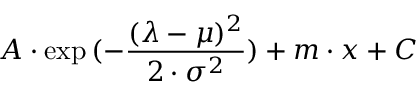
A \cdot \exp { ( - \frac { ( \lambda - \mu ) ^ { 2 } } { 2 \cdot \sigma ^ { 2 } } ) } + m \cdot { x } + C